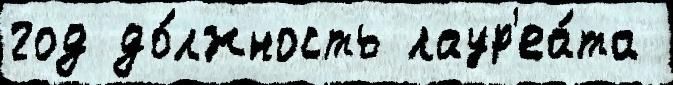
год до́лжность лаур'еа́та